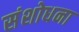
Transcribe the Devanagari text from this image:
संशोधना